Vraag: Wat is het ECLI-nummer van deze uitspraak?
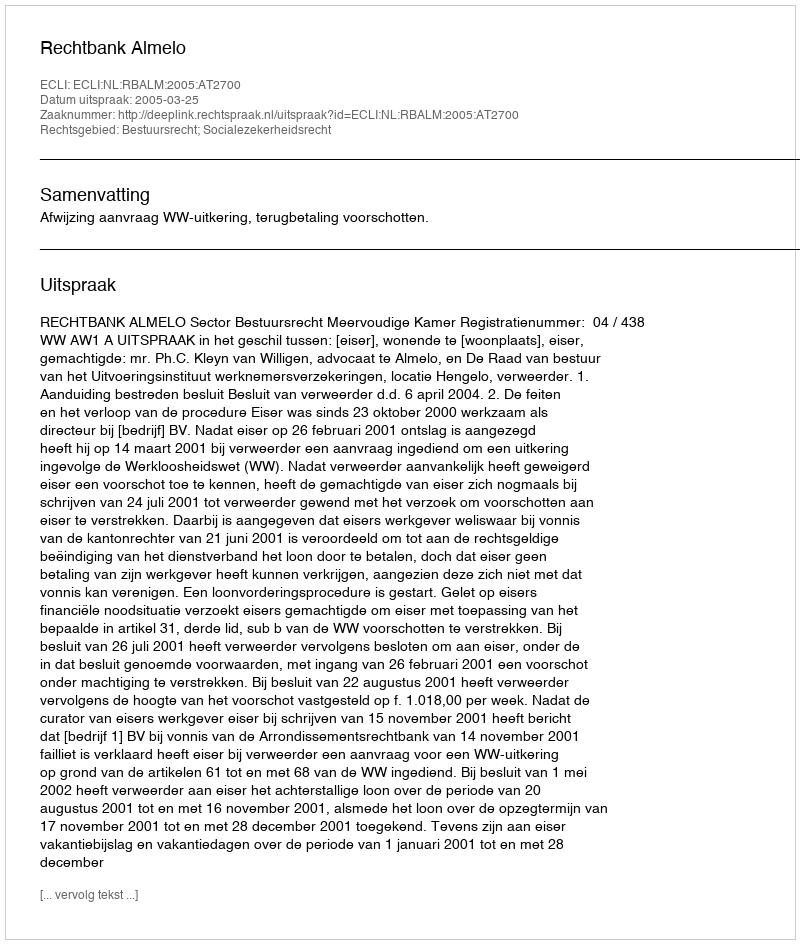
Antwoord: ECLI:NL:RBALM:2005:AT2700